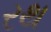
રથ